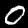
Label: 0